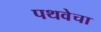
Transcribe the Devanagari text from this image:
पथवेचा